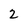
Character: 2